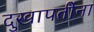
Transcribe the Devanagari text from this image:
दुखापतींना